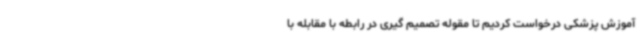
آموزش پزشکی درخواست کردیم تا مقوله تصمیم گیری در رابطه با مقابله با